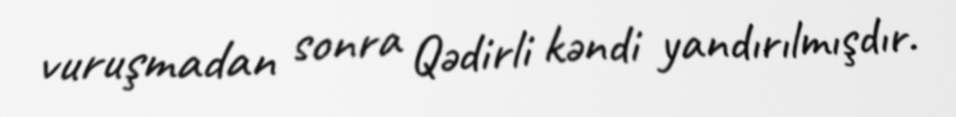
vuruşmadan sonra Qədirli kəndi yandırılmışdır.